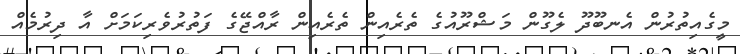
މީގެއިތުރުން އެނބޫދޫ ލެގޫން މަޝްރޫއުގެ ތެރެއިން ތެރެއިން ރާއްޖޭގެ ފަތުރުވެރިކަމަށް އާ ދިރުމެއް